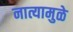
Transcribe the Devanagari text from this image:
नात्यामुळे